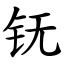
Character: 䥻